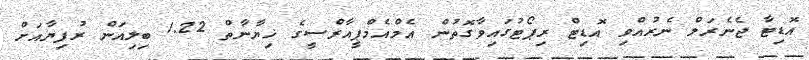
އޮޑިޓާ ޖެނެރަލް ނެރުއްވި އޮޑިޓް ރިޕޯޓުގައިވާގޮތުން އެމްއެމްޕީއާރްސީގެ ޚިޔާނާތް 1.22 ބިލިއަން ރުފިޔާއަށް